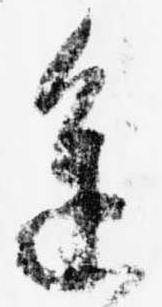
進